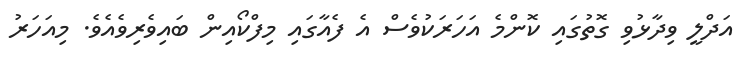
އަދްލީ ވިދާޅުވި ގޮތުގައި ކޮންމެ އަހަރަކުވެސް އެ ފެއާގައި މިފްކޯއިން ބައިވެރިވެއެވެ. މިއަހަރު